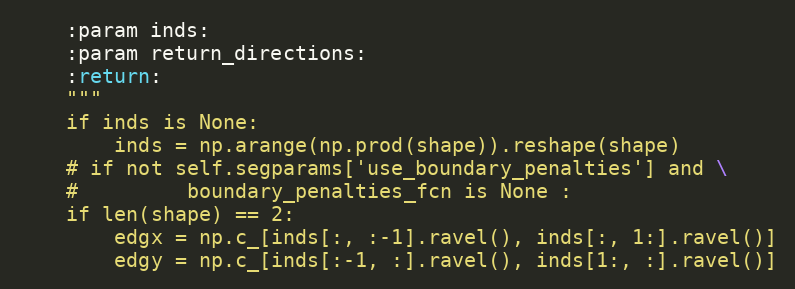
Language: Python
    :param inds:
    :param return_directions:
    :return:
    """
    if inds is None:
        inds = np.arange(np.prod(shape)).reshape(shape)
    # if not self.segparams['use_boundary_penalties'] and \
    #         boundary_penalties_fcn is None :
    if len(shape) == 2:
        edgx = np.c_[inds[:, :-1].ravel(), inds[:, 1:].ravel()]
        edgy = np.c_[inds[:-1, :].ravel(), inds[1:, :].ravel()]